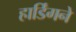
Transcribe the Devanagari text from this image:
हार्डिंगने